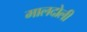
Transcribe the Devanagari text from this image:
मालदोली